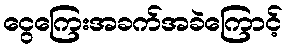
ငွေကြေးအခက်အခဲကြောင့်